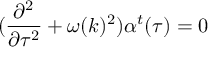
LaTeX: ( \frac { \partial ^ { 2 } } { \partial \tau ^ { 2 } } + \omega ( k ) ^ { 2 } ) \alpha ^ { t } ( \tau ) = 0